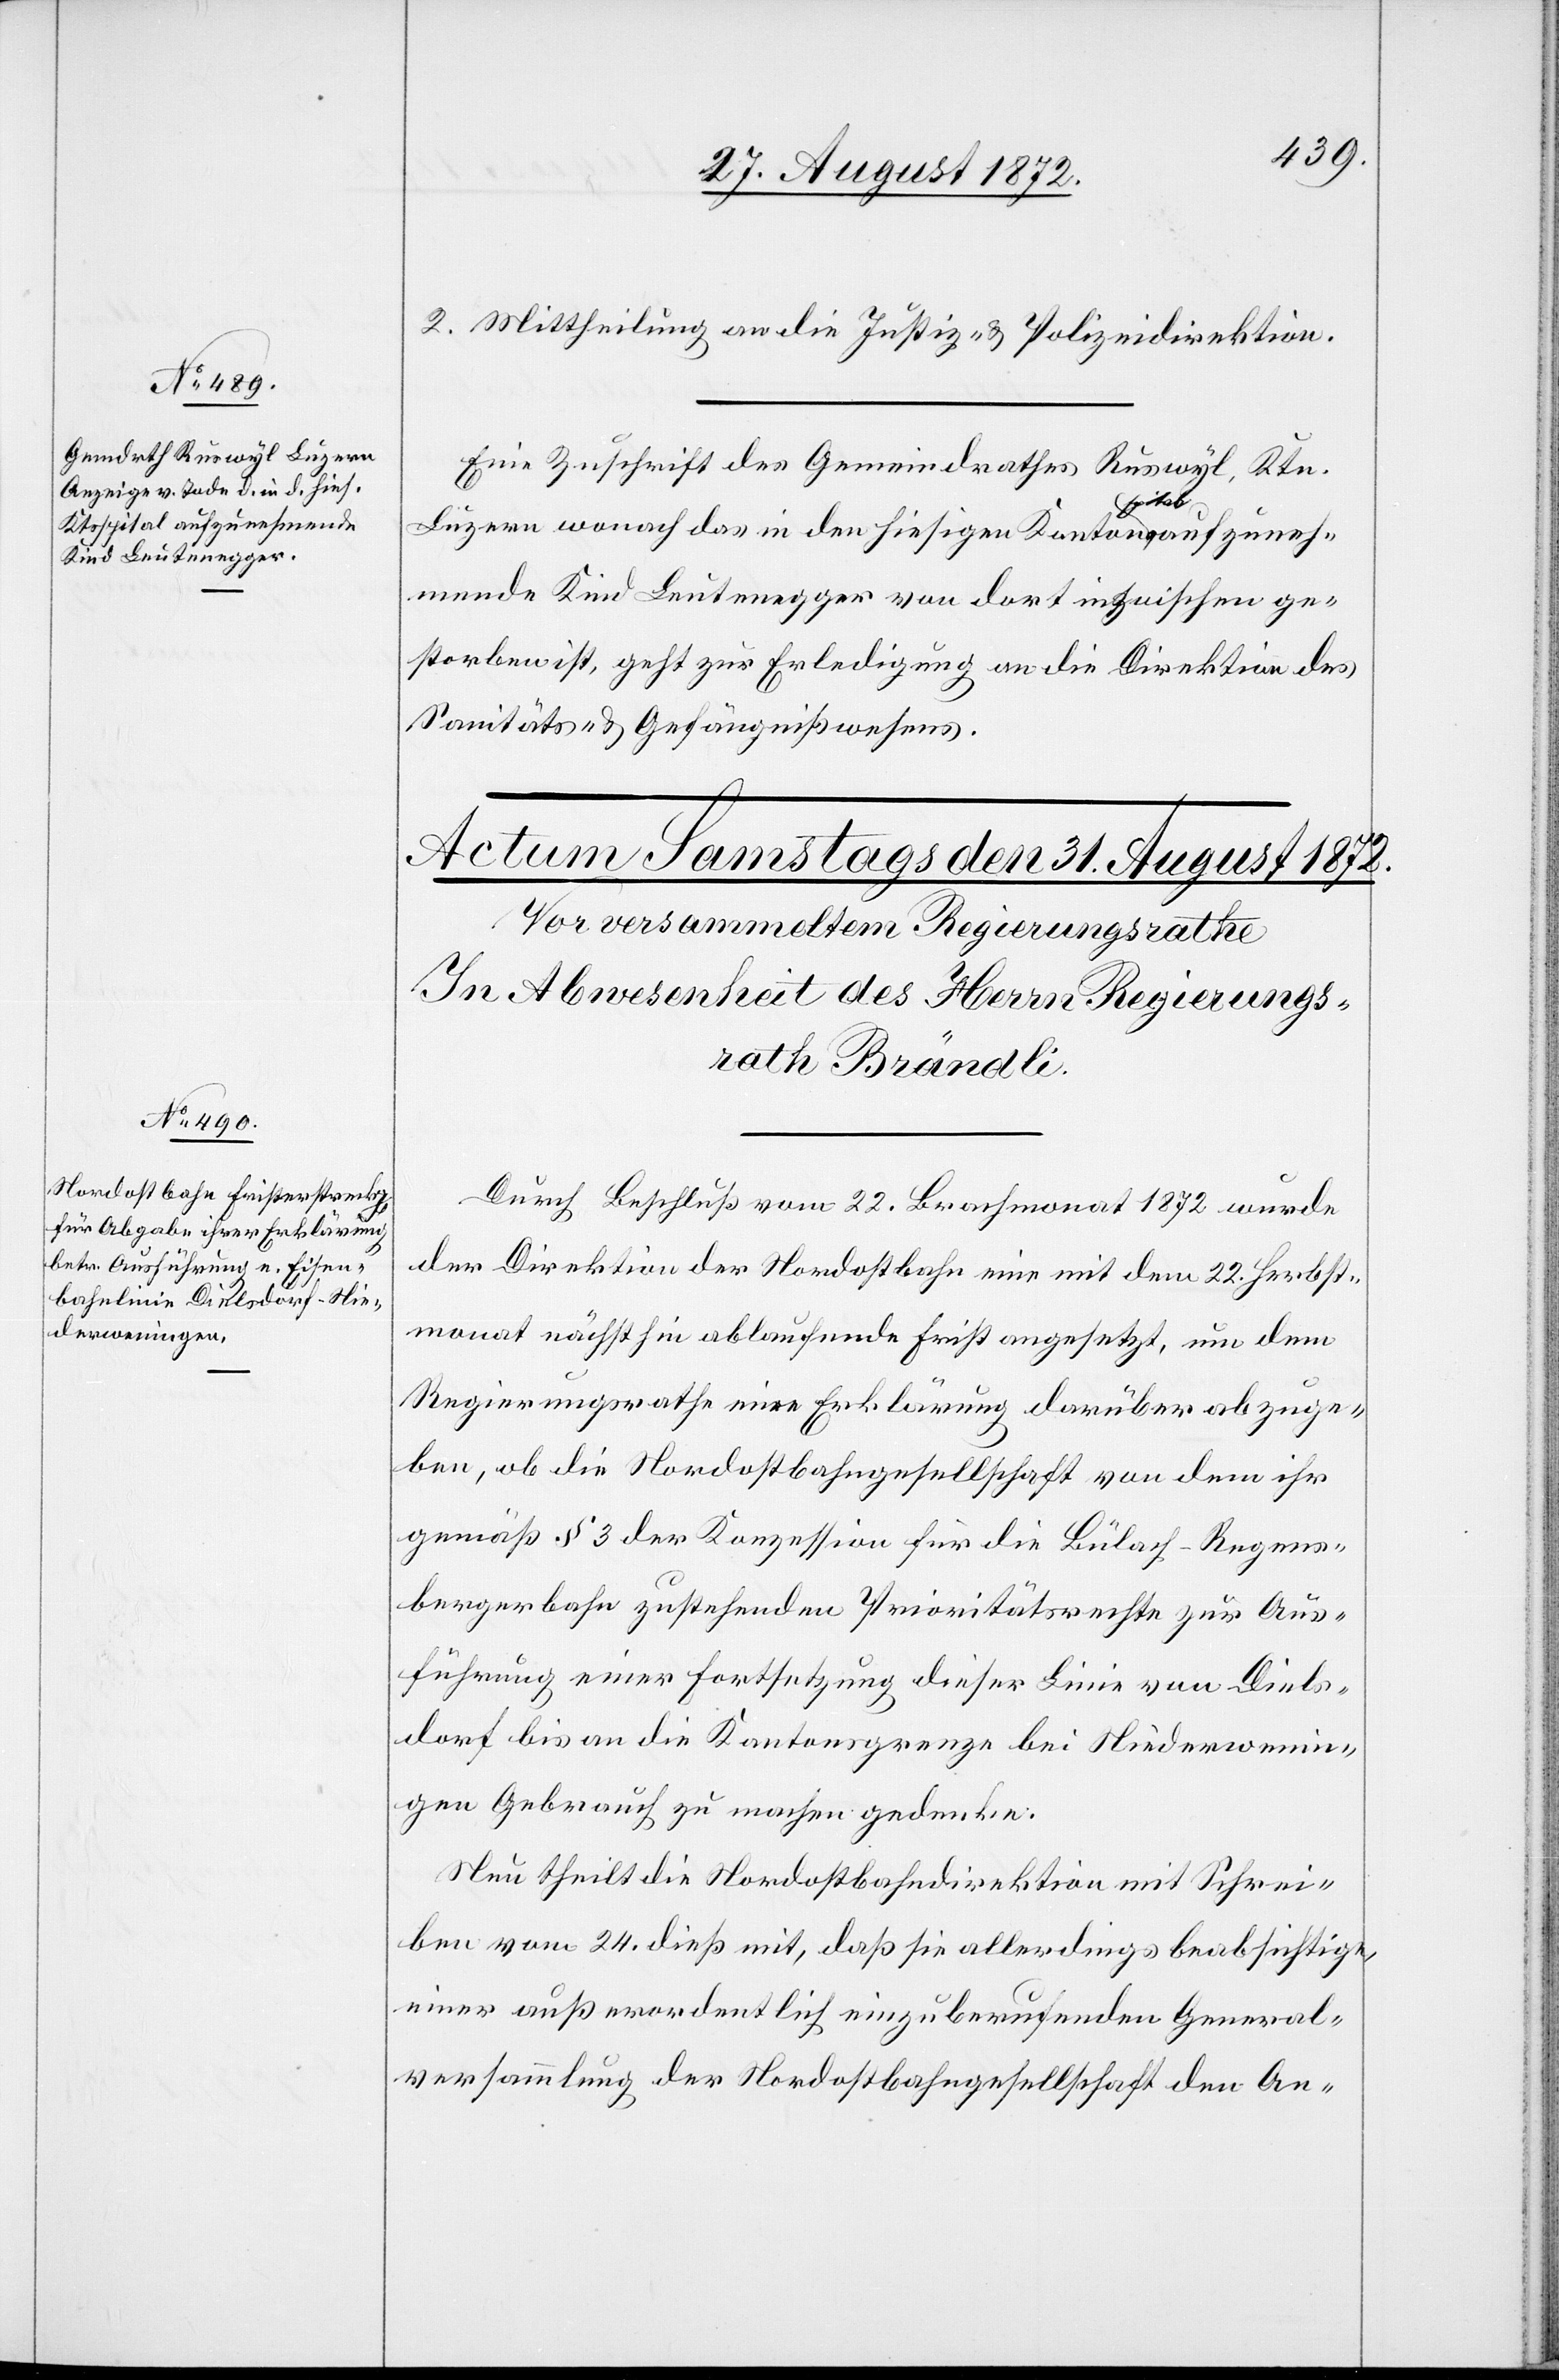
30. August 1872.]
2. Mittheilung an die Justiz- u. Polizeidirektion.
Eine Zuschrift des Gemeindrathes Ruswyl, Ktn.
Luzern wonach das in den hiesigen Kantonsspital aufzuneh¬
mende Kind Leutenegger von dort inzwischen ge¬
storben ist, geht zur Erledigung an die Direktion des
Sanitäts- u. Gefängnißwesens.
Durch Beschluß vom 22. Brachmonat 1872 wurde
der Direktion der Nordostbahn eine mit dem 22. Herbst¬
monat nächsthin ablaufende Frist angesetzt, um dem
Regierungsrathe eine Erklärung darüber abzuge¬
ben, ob die Nordostbahngesellschaft von dem ihr
gemäß § 3 der Konzession für die Bülach–Regens¬
bergerbahn zustehenden Prioritätsrechte zur Aus¬
führung einer Fortsetzung dieser Linie von Diels¬
dorf bis an die Kantonsgrenze bei Niederwenin¬
gen Gebrauch zu machen gedenke.
Neu theilt die Nordostbahndirektion mit Schrei¬
ben vom 24. dieß mit, daß sie allerdings beabsichtige,
einer außerordentlich einzuberufenden General¬
versammlung der Nordostbahngesellschaft den An-